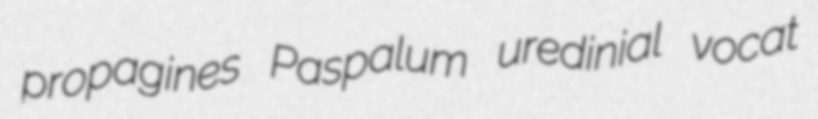
propagines Paspalum uredinial vocat